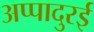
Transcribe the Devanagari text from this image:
अप्पादुरई